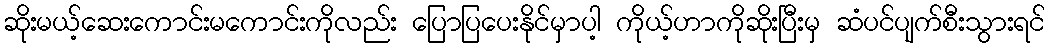
ဆိုးမယ့်ဆေးကောင်းမကောင်းကိုလည်း ပြောပြပေးနိုင်မှာပါ့ ကိုယ့်ဟာကိုဆိုးပြီးမှ ဆံပင်ပျက်စီးသွားရင်